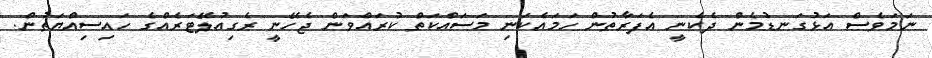
ނަމަވެސް އަޅުގަނޑުމެން ދެކެނީ އެފަރާތުން ހަމައެކަނި މަސައްކަތް ކުރައްވަން ޖެހޭނީ ރެގިއުލޭޓަރެއްގެ ހައިސިއްޔަތުން.